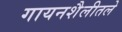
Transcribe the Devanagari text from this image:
गायनशैलीतले